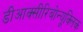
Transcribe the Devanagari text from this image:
डीआक्सीरिबोन्यूक्लिक